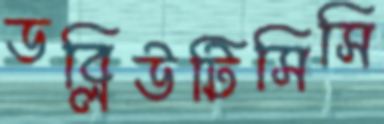
ডব্লিউটিসিসি